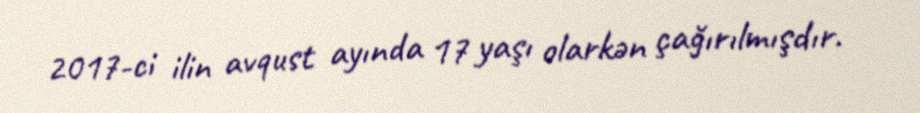
2017-ci ilin avqust ayında 17 yaşı olarkən çağırılmışdır.